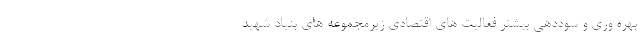
بهره وری و سوددهی بیشتر فعالیت های اقتصادی زیرمجموعه های بنیاد شهید